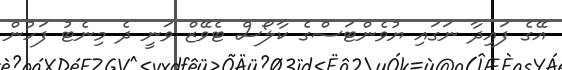
އޭގެ ފައިދާ ނަގައި ޔުވެންޓަސްގެ ކާލޯސް ޓެވޭޒް ވަނީ ދެ މިނެޓު ފަހުން